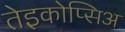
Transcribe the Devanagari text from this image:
तेइकोप्सिअ